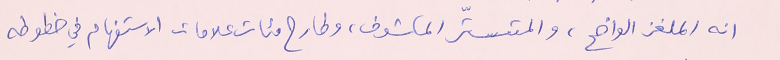
انه الملغز الواضح، والمتستّر المكشوف، وطارح مئات علامات الاستفهام في خطوطه